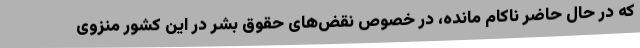
که در حال حاضر ناکام مانده، در خصوص نقض‌های حقوق بشر در این کشور منزوی